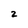
Character: 2